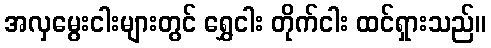
အလှမွေးငါးများတွင် ရွှေငါး တိုက်ငါး ထင်ရှားသည်။